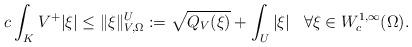
LaTeX: \begin{align*} c \int_{K } V^+ |\xi| \leq \| \xi \|^{U}_{V,\Omega}:=\sqrt{Q_V(\xi)} + \int_{U } |\xi| \;\;\; \forall \xi \in W_c^{1,\infty}(\Omega).\end{align*}